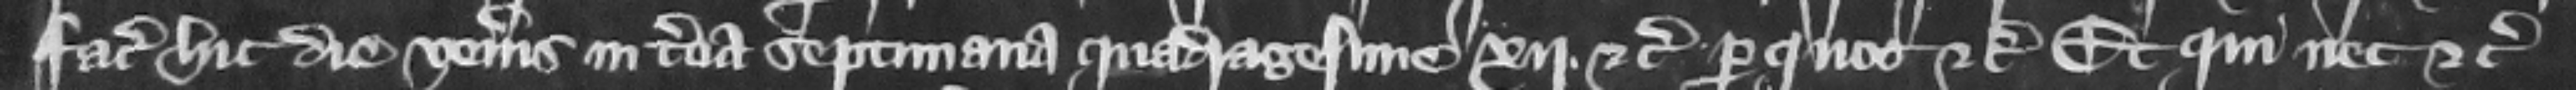
faciat hic die Veneris in tercia septimana Quadragesime . xij. etc. per quos etc. Et qui nec etc.